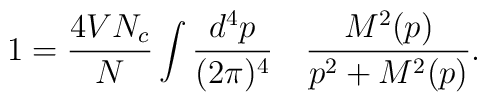
1=\frac{4VN_c}{N}\int\frac{d^4p}{(2\pi)^4}\quad\frac{M^2(p)}{p^2+M^2(p)}.